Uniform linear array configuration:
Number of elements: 16
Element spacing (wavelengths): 0.25
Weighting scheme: hamming
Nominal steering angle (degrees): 60
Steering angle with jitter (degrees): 60.075
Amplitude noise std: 0.05
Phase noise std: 0.05

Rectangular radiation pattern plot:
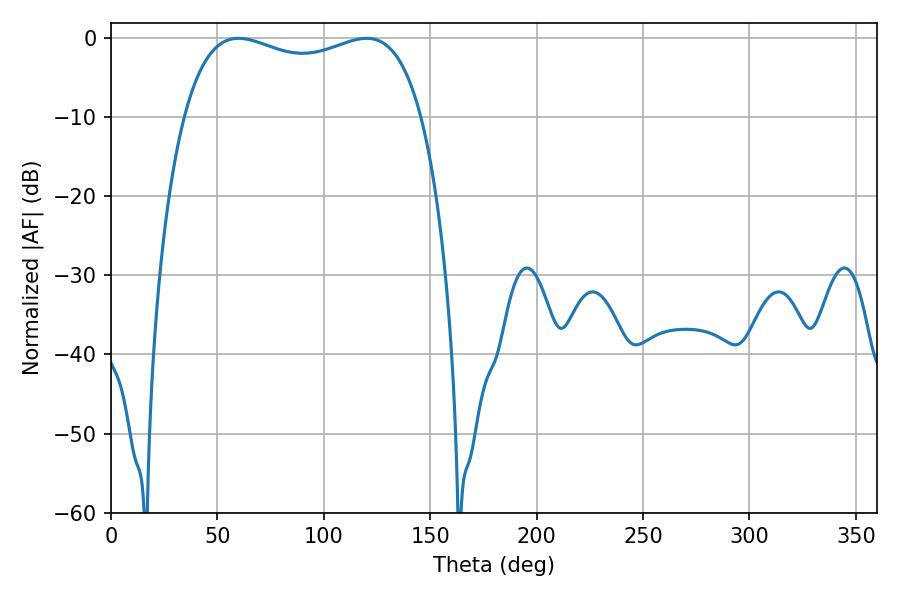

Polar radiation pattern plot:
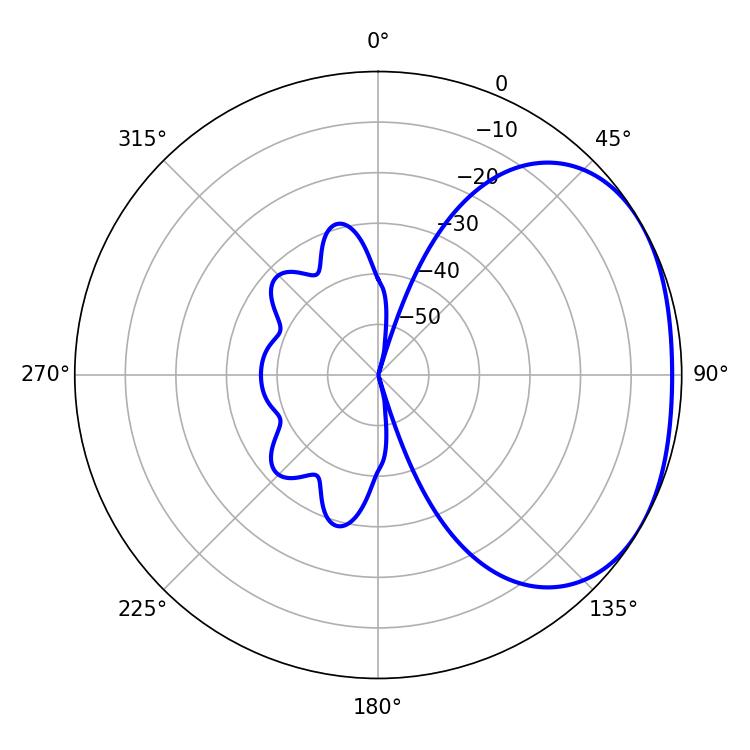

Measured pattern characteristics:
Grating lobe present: FALSE
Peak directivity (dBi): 2.113
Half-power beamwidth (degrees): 91.8
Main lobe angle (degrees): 59.94